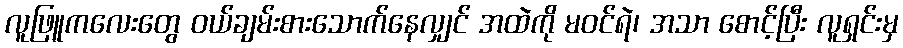
လူဖြူကလေးတွေ ဝယ်ချမ်းစားသောက်နေလျှင် အထဲကို မဝင်ရဲ၊ အသာ စောင့်ပြီး လူရှင်းမှ